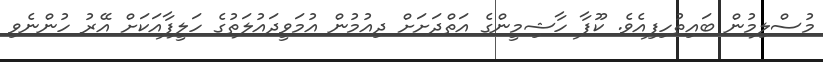
މުސްލިމުން ބައިތުހިފިއެވެ. ކޫފާ ހާޝިމީންގެ އަތްދަށަށް ދިއުމުން އުމަވީދައުލަތުގެ ހަލީފާއަކަށް އޭރު ހުންނެވި